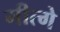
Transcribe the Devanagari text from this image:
गीत्गे